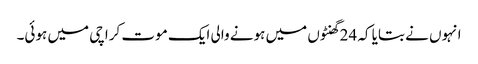
انہوں نے بتایا کہ 24 گھنٹوں میں ہونے والی ایک موت کراچی میں ہوئی۔